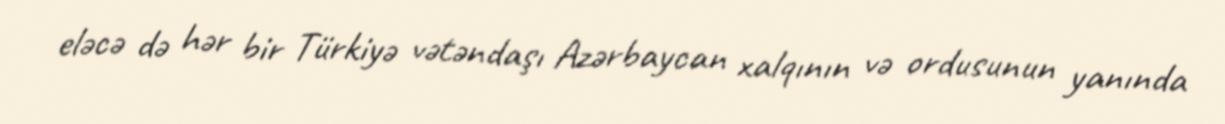
eləcə də hər bir Türkiyə vətəndaşı Azərbaycan xalqının və ordusunun yanında